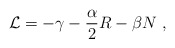
\begin{align*}{\cal L} = - \gamma - \frac{\alpha}{2} R- \beta N \ ,\end{align*}